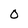
Character: 0